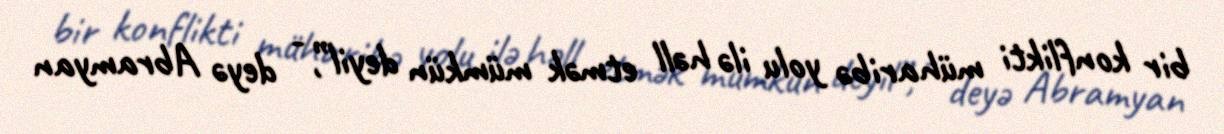
bir konflikti müharibə yolu ilə həll etmək mümkün deyil”, - deyə Abramyan